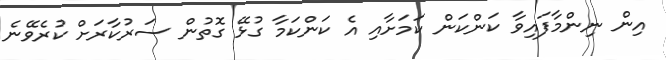
އިން ނިންމާފައިވާ ކަންކަން ކަމަށާއި އެ ކަންކަމާ ގުޅޭ ގޮތުން ސަރުކާރަށް ކުރެވޭނެ